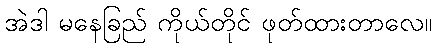
အဲဒါ မနေခြည် ကိုယ်တိုင် ဖုတ်ထားတာလေ။